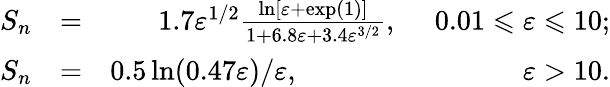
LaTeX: \begin{array}{rlr}{S_{n}}&{=}&{1.7\varepsilon^{1/2}\frac{\ln[\varepsilon+\exp(1)]}{1+6.8\varepsilon+3.4\varepsilon^{3/2}},\phantom{1.7}0.01\leqslant\varepsilon\leqslant 10;}\\ {S_{n}}&{=}&{0.5\ln(0.47\varepsilon)/\varepsilon,\phantom{\varepsilon^{1/2}0.5\ln(0.47\varepsilon)/\varepsilon}\varepsilon>10.}\end{array}